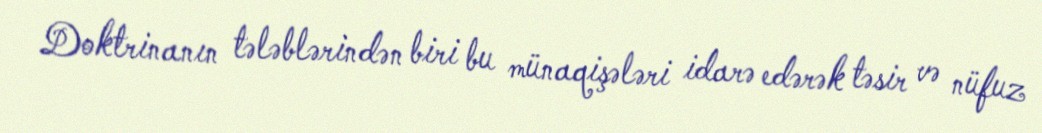
Doktrinanın tələblərindən biri bu münaqişələri idarə edərək təsir və nüfuz